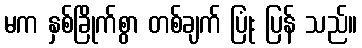
မက နှစ်ခြိုက်စွာ တစ်ချက် ပြုံး ပြန် သည်။